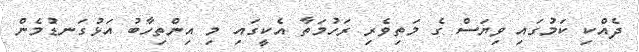
ދެއްކި ކަމުގައި ވިޔަސް ގެ މަތިވެރި ރަހުމަތާ އެކީގައި މި އިންތިހާބު އަޅުގަނޑުމެން